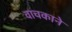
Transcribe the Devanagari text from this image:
वाचकाने